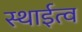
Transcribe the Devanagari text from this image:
स्थाईत्व